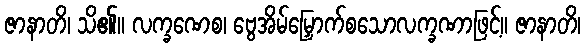
ဇာနာတိ၊ သိ၏။ လက္ခဏေစ၊ ဗွေအိမ်မြှောက်စသောလက္ခဏာဖြင့်။ ဇာနာတိ၊